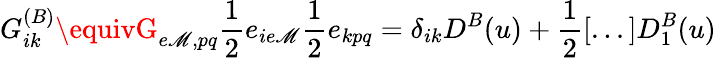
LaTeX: G_{ik}^{(B)}\equivG_{e\mathscr{M},pq}\frac{{1}}{{2}}e_{ie\mathscr{M}}\frac{{1}}{{2}}e_{kpq}=\delta_{ik}D^{B}(u)+\frac{{1}}{{2}}[...]D_{1}^{B}(u)